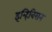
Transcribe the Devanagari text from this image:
इन्हिबिसन